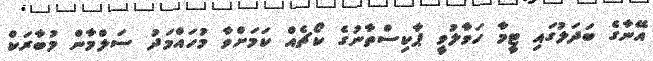
އޭނާގެ ބަދަލުގައި ޓީމާ ހަވާލުވީ ޕާކިސްތާނުގެ ކޯޗެއް ކަމަށްވާ މުހައްމަދު ސަލްމާން މުބާރަކް